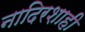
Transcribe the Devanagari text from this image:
नादिरशाही